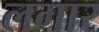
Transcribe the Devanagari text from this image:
लगार